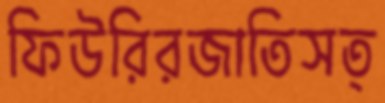
ফিউরিরজাতিসত্